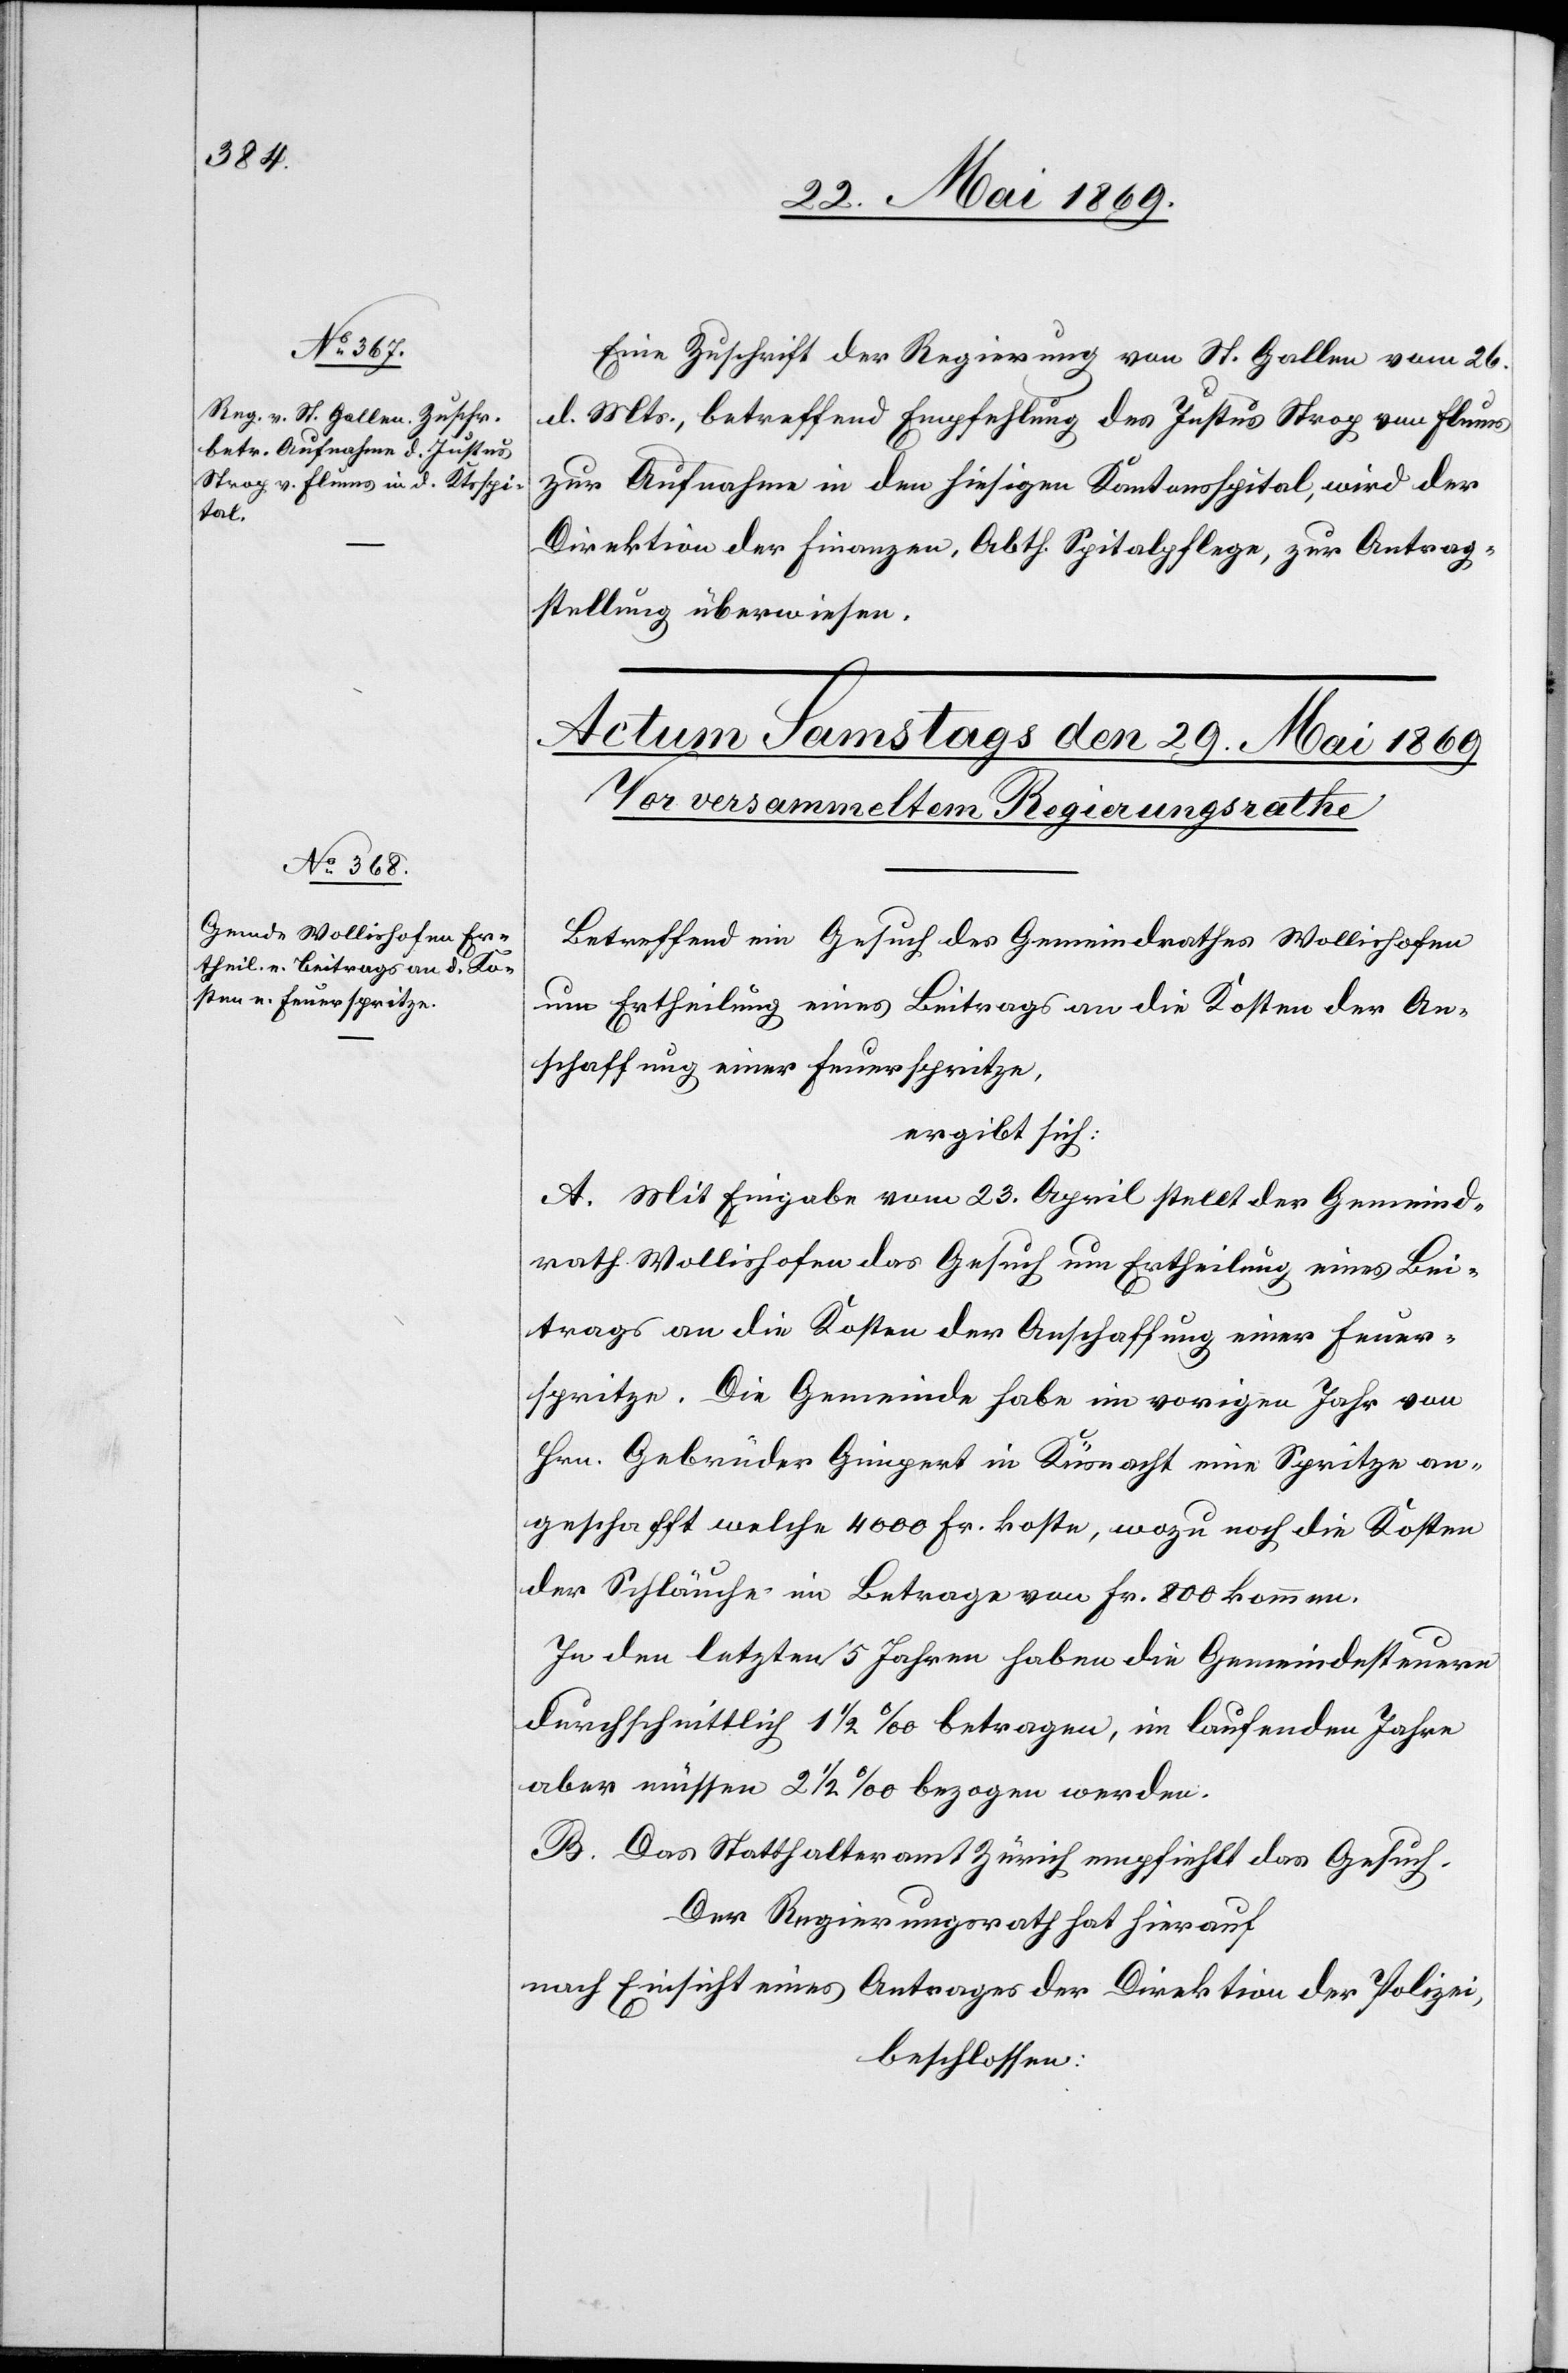
28. Mai 1869.]
Eine Zuschrift der Regierung von St. Gallen vom 26.
d. Mts., betreffend Empfehlung des Justus Strog von Flums
zur Aufnahme in den hiesigen Kantonsspital, wird der
Direktion der Finanzen, Abth. Spitalpflege, zur Antrag¬
stellung überwiesen.
Betreffend ein Gesuch des Gemeindrathes Wollishofen
um Ertheilung eines Beitrages an die Kosten der An¬
schaffung einer Feuerspritze,
ergibt sich:
A. Mit Eingabe vom 23. April stellt der Gemeind¬
rath Wollishofen das Gesuch um Ertheilung eines Bei¬
trages an die Kosten der Anschaffung einer Feuer¬
spritze. Die Gemeinde habe im vorigen Jahr von
angeschafft welche 4000 Fr. koste, wozu noch die Kosten
der Schläuche im Betrage von Fr. 800 kommen.
In den letzten 5 Jahren haben die Gemeindesteuern
durchschnittlich 1 1/2‰ betragen, im laufenden Jahre
aber müssen 2 1/2‰ bezogen werden.
B. Das Statthalteramt Zürich empfiehlt das Gesuch.
Der Regierungsrath hat hierauf
nach Einsicht eines Antrages der Direktion der Polizei,
beschlossen: